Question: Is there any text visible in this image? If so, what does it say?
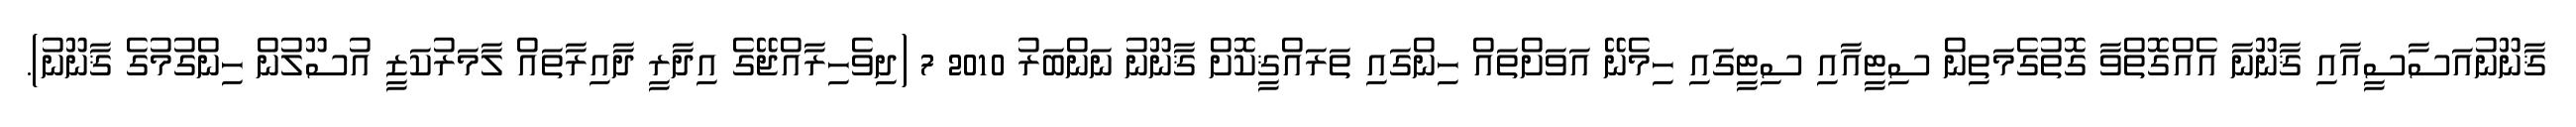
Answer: ޤާނޫނުއަސާސީއާއި ޤާނޫނާ އެއްގޮތްވާ ގޮތުގެމަތިން ސިޓީއާއި ސިޓީގައި ހިމެނޭ އަވަށްތައް ހިންގައި ތަރައްޤީކޮށް ޤާނޫނު ނަންބަރު 2010 7 (ދިވެހިރާއްޖޭގެ އިދާރީ ދާއިރާތައް ލާމަރުކަޒީ އުސޫލުން ހިންގުމުގެ ޤާނޫނު).